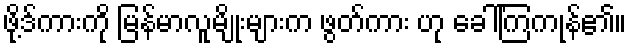
ဖို့ဒ်ကားကို မြန်မာလူမျိုးများက ဖွတ်ကား ဟု ခေါ်ကြကုန်၏။